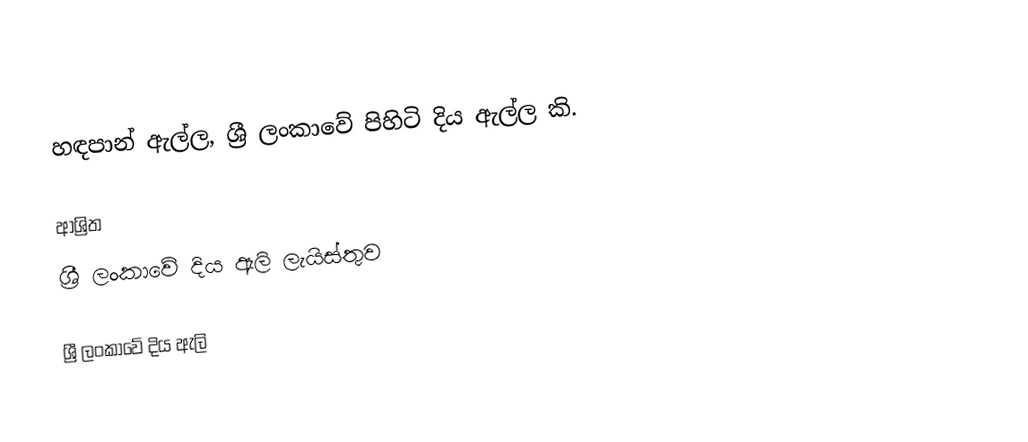
හඳපාන් ඇල්ල, ශ්‍රී ලංකාවේ පිහිටි දිය ඇල්ල කි.

ආශ්‍රිත
 ශ්‍රී ලංකාවේ දිය ඇලි ලැයිස්තුව

ශ්‍රී ලංකාවේ දිය ඇලි